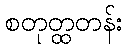
စတုတ္ထတန်း